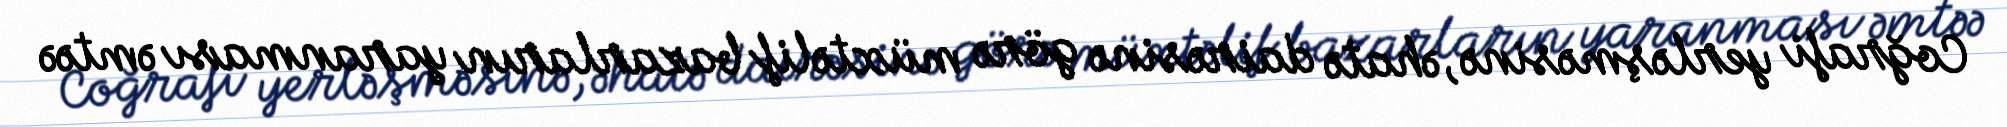
Coğrafi yerləşməsinə, əhatə dairəsinə görə müxtəlif bazarların yaranması əmtəə